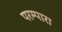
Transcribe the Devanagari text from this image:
परम्पारा